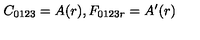
C _ { 0 1 2 3 } = A ( r ) , F _ { 0 1 2 3 r } = A ^ { \prime } ( r )